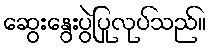
ဆွေးနွေးပွဲပြုလုပ်သည်။